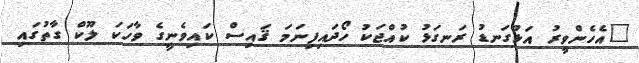
"އެހެންވީރު އަޅުގަނޑު ރަނގަޅު ކުއްޖަކު ހޯދައިފިނަމަ ޤައިސް ކައިވެނީގެ ވާހަކަ ލޫކް ގާތުގައި